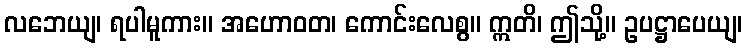
လဘေယျ၊ ရပါမူကား။ အဟောဝတ၊ ကောင်းလေစွ။ ဣတိ၊ ဤသို့။ ဥပဋ္ဌာပေယျ၊